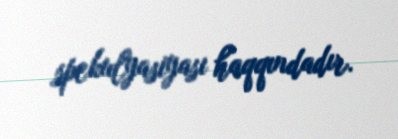
spekulyasiyası haqqındadır.